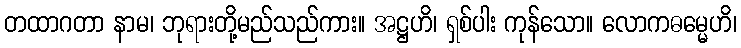
တထာဂတာ နာမ၊ ဘုရားတို့မည်သည်ကား။ အဋ္ဌဟိ၊ ရှစ်ပါး ကုန်သော။ လောကဓမ္မေဟိ၊